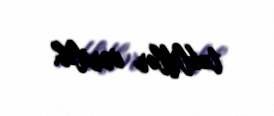
təkliflər verilib.